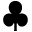
\clubsuit